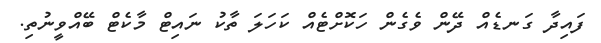
ފައިދާ ގަނޑެއް ދޭން ވެގެން ހަކޮށްޓެއް ކަހަލަ ތާކު ނައިޓް މާކެޓް ބޭއްވީނުތި.